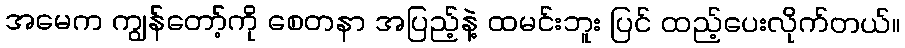
အမေက ကျွန်တော့်ကို စေတနာ အပြည့်နဲ့ ထမင်းဘူး ပြင် ထည့်ပေးလိုက်တယ်။